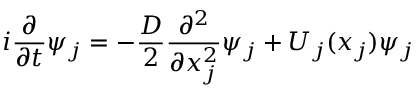
i \frac { \partial } { \partial t } \psi _ { j } = - \frac { D } { 2 } \frac { \partial ^ { 2 } } { \partial x _ { j } ^ { 2 } } \psi _ { j } + U _ { j } ( x _ { j } ) \psi _ { j }